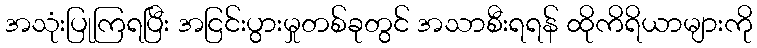
အသုံးပြုကြရပြီး အငြင်းပွားမှုတစ်ခုတွင် အသာစီးရရန် ထိုကိရိယာများကို